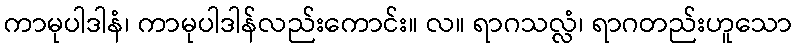
ကာမုပါဒါနံ၊ ကာမုပါဒါန်လည်းကောင်း။ လ။ ရာဂသလ္လံ၊ ရာဂတည်းဟူသော